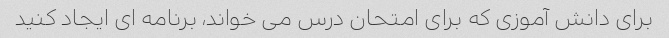
برای دانش آموزی که برای امتحان درس می خواند، برنامه ای ایجاد کنید